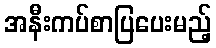
အနီးကပ်စာပြပေးမည့်